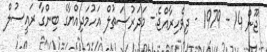
ޖޫން 14 - 1979 - ދިވެހިރާއްޖެ:- މަދަރުސަތުލް އަހުމަދިއްޔާގެ ބިންގާ ރައީސުލް